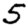
Digit: 5